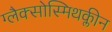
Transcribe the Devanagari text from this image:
ग्लैक्सोस्मिथक्लीन